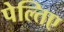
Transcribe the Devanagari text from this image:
पेल्तिए